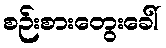
စဉ်းစားတွေးခေါ်